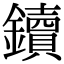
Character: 鑟